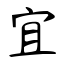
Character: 宜